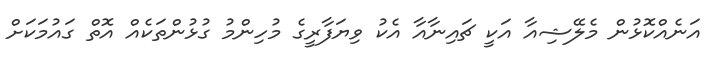
އަނެއްކޮޅުން މެލޭޝިއާ އަކީ ޗައިނާއާ އެކު ވިޔަފާރީގެ މުހިންމު ގުޅުންތަކެއް އޮތް ގައުމަކަށް